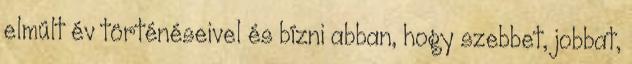
elmúlt év történéseivel és bízni abban, hogy szebbet, jobbat,